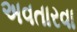
અવતારવા